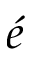
\acute { e }